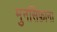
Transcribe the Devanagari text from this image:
मुनसिफ़ाना